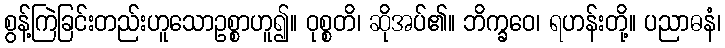
စွန့်ကြဲခြင်းတည်းဟူသောဥစ္စာဟူ၍။ ဝုစ္စတိ၊ ဆိုအပ်၏။ ဘိက္ခဝေ၊ ရဟန်းတို့။ ပညာဓနံ၊